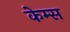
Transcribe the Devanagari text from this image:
केम्स